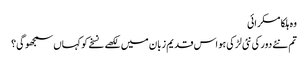
وہ ہلکا مسکرائی
تم نئے دور کی نئی لڑکی ہو اس قدیم زبان میں لکھے نسخے کو کہاں سمجھو گی؟